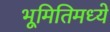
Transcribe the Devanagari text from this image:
भूमितिमध्ये